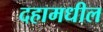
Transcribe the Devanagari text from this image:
दहामधील